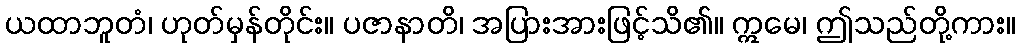
ယထာဘူတံ၊ ဟုတ်မှန်တိုင်း။ ပဇာနာတိ၊ အပြားအားဖြင့်သိ၏။ ဣမေ၊ ဤသည်တို့ကား။